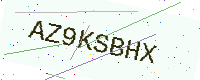
Text: AZ9KSBHX